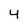
Character: 4